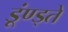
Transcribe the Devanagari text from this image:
डूंण्ड्ते